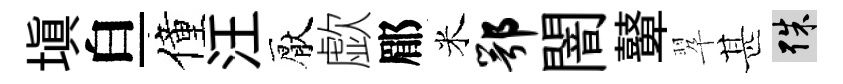
填白僮汪厭歔郿米鄂闇鼙翆甚殊